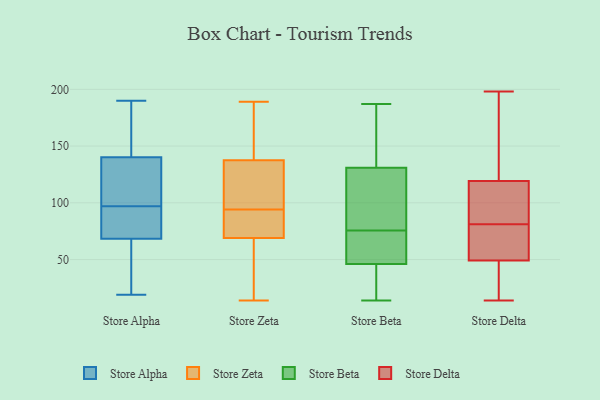
{"axis": {"x": "Waste Production (Tons)", "y": "Value"}, "legend": ["Store Alpha", "Store Beta", "Store Delta", "Store Zeta"], "data": [{"x": "", "y": 24, "type": "Store Alpha"}, {"x": "", "y": 19, "type": "Store Alpha"}, {"x": "", "y": 80, "type": "Store Alpha"}, {"x": "", "y": 138, "type": "Store Alpha"}, {"x": "", "y": 107, "type": "Store Alpha"}, {"x": "", "y": 190, "type": "Store Alpha"}, {"x": "", "y": 148, "type": "Store Alpha"}, {"x": "", "y": 97, "type": "Store Alpha"}, {"x": "", "y": 141, "type": "Store Alpha"}, {"x": "", "y": 67, "type": "Store Alpha"}, {"x": "", "y": 72, "type": "Store Alpha"}, {"x": "", "y": 85, "type": "Store Zeta"}, {"x": "", "y": 105, "type": "Store Zeta"}, {"x": "", "y": 134, "type": "Store Zeta"}, {"x": "", "y": 148, "type": "Store Zeta"}, {"x": "", "y": 94, "type": "Store Zeta"}, {"x": "", "y": 63, "type": "Store Zeta"}, {"x": "", "y": 189, "type": "Store Zeta"}, {"x": "", "y": 14, "type": "Store Zeta"}, {"x": "", "y": 95, "type": "Store Zeta"}, {"x": "", "y": 159, "type": "Store Zeta"}, {"x": "", "y": 110, "type": "Store Zeta"}, {"x": "", "y": 71, "type": "Store Zeta"}, {"x": "", "y": 30, "type": "Store Zeta"}, {"x": "", "y": 71, "type": "Store Zeta"}, {"x": "", "y": 78, "type": "Store Zeta"}, {"x": "", "y": 48, "type": "Store Zeta"}, {"x": "", "y": 163, "type": "Store Zeta"}, {"x": "", "y": 75, "type": "Store Beta"}, {"x": "", "y": 14, "type": "Store Beta"}, {"x": "", "y": 79, "type": "Store Beta"}, {"x": "", "y": 76, "type": "Store Beta"}, {"x": "", "y": 131, "type": "Store Beta"}, {"x": "", "y": 187, "type": "Store Beta"}, {"x": "", "y": 49, "type": "Store Beta"}, {"x": "", "y": 46, "type": "Store Beta"}, {"x": "", "y": 154, "type": "Store Beta"}, {"x": "", "y": 42, "type": "Store Beta"}, {"x": "", "y": 76, "type": "Store Delta"}, {"x": "", "y": 81, "type": "Store Delta"}, {"x": "", "y": 113, "type": "Store Delta"}, {"x": "", "y": 95, "type": "Store Delta"}, {"x": "", "y": 138, "type": "Store Delta"}, {"x": "", "y": 56, "type": "Store Delta"}, {"x": "", "y": 109, "type": "Store Delta"}, {"x": "", "y": 50, "type": "Store Delta"}, {"x": "", "y": 47, "type": "Store Delta"}, {"x": "", "y": 27, "type": "Store Delta"}, {"x": "", "y": 165, "type": "Store Delta"}, {"x": "", "y": 77, "type": "Store Delta"}, {"x": "", "y": 29, "type": "Store Delta"}, {"x": "", "y": 176, "type": "Store Delta"}, {"x": "", "y": 91, "type": "Store Delta"}, {"x": "", "y": 198, "type": "Store Delta"}, {"x": "", "y": 14, "type": "Store Delta"}]}